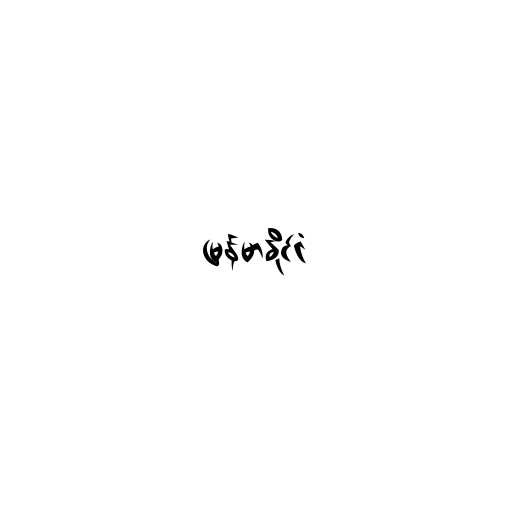
မြန်မာနိုင်ငံ